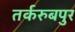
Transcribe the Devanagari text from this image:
तर्करुबपुर